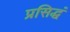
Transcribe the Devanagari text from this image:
प्रसिद्धं